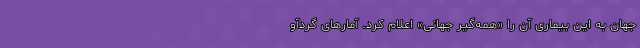
جهان به این بیماری آن را «همه‌گیر جهانی» اعلام کرد. آمارهای گردآو